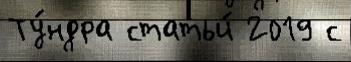
Ту́ндра статьи́ 2019 с